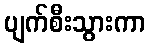
ပျက်စီးသွားကာ